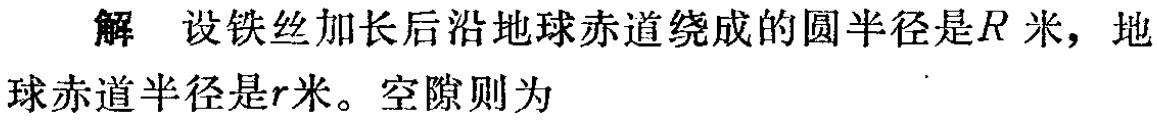
解 设铁丝加长后沿地球赤道绕成的圆半径是\(R\)米，地球赤道半径是\(r\)米。空隙则为